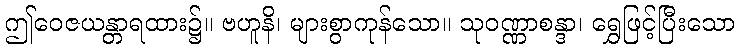
ဤဝေဇယန္တာရထား၌။ ဗဟူနိ၊ များစွာကုန်သော။ သုဝဏ္ဏာစန္ဒာ၊ ရွှေဖြင့်ပြီးသော